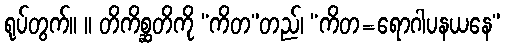
ရုပ်တွက်။ ။ တိကိစ္ဆတိကို “ကိတ”တည်၊ “ကိတ=ရောဂါပနယနေ”